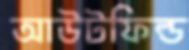
আউটফিল্ড